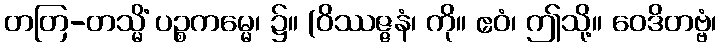
တတြ-တသ္မိံ ပဉ္စကမ္မေ၊ ၌။ (ဝိဿဇ္ဇနံ၊ ကို။ ဧဝံ၊ ဤသို့။ ဝေဒိတဗ္ဗံ၊